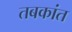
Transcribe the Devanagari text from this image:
तबकांत